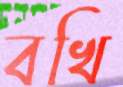
বখি